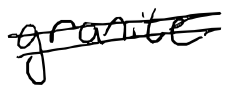
Text: granite
Cross-out: double-line
Writing tool: digital_black